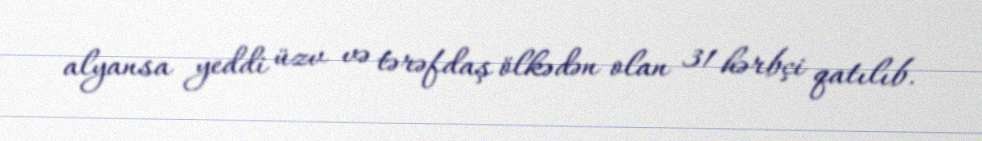
alyansa yeddi üzv və tərəfdaş ölkədən olan 31 hərbçi qatılıb.